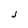
Character: J